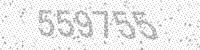
Solution: 559755